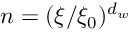
n = ( \xi / \xi _ { 0 } ) ^ { d _ { w } }